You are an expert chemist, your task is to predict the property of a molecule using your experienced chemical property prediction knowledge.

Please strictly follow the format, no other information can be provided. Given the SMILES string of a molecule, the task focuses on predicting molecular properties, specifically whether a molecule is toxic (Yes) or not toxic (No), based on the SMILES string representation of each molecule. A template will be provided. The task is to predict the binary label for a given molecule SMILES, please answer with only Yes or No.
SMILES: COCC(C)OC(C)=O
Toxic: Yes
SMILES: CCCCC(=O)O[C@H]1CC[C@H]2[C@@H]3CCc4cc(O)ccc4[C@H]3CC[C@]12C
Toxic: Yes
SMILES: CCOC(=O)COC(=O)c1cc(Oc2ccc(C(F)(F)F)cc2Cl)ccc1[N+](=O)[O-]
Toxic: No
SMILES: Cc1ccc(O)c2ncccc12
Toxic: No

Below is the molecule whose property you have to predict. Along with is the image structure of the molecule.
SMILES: COc1cc(C(=O)NCc2ccc(OCCN(C)C)cc2)cc(OC)c1OC
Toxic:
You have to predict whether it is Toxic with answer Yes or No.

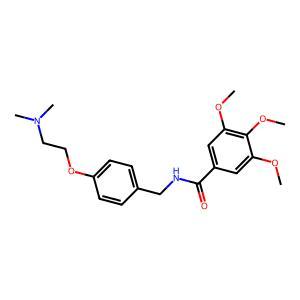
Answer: No